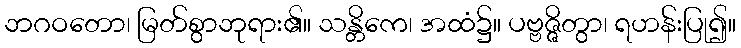
ဘဂဝတော၊ မြတ်စွာဘုရား၏။ သန္တိကေ၊ အထံ၌။ ပဗ္ဗဇ္ဇိတွာ၊ ရဟန်းပြု၍။